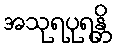
အသုရပုရန္တိ